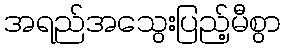
အရည်အသွေးပြည့်မီစွာ